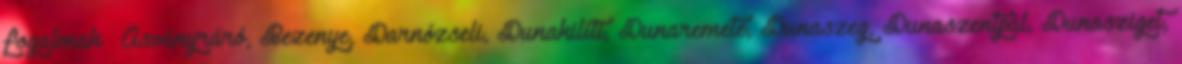
fogalmak ▪Ásványráró, Bezenye, Darnózseli, Dunakiliti, Dunaremete, Dunaszeg, Dunaszentpál, Dunasziget,